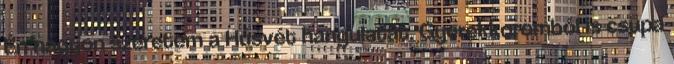
Én nagyon szeretem a Húsvét hangulatát. Gyerekkoromból is csupa